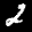
Label: 2